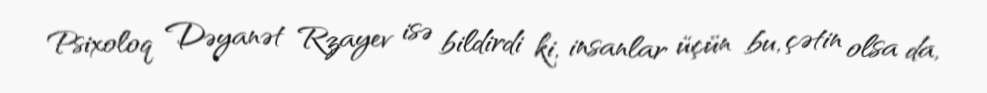
Psixoloq Dəyanət Rzayev isə bildirdi ki, insanlar üçün bu, çətin olsa da,